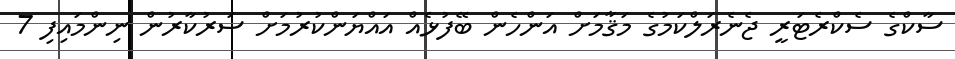
ސާކްގެ ސެކްރެޓަރީ ޖެނެރަލްކަމުގެ މަޤާމަށް އަންހެން ބޭފުޅެއް އައްޔަންކުރުމަށް ސަރުކާރުން ނިންމައިފި 7